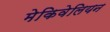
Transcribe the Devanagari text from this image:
मेकिवेलियन